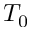
T _ { 0 }